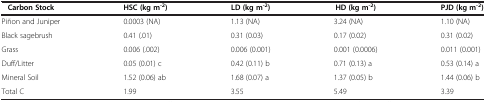
<table><thead><tr><td><b>Carbon Stock</b></td><td><b>HSC (kg m<sup>-2</sup>)</b></td><td><b>LD (kg m<sup>-2</sup>)</b></td><td><b>HD (kg m<sup>-2</sup>)</b></td><td><b>PJD (kg m<sup>-2</sup>)</b></td></tr></thead><tbody><tr><td>Piñon and Juniper</td><td>0.0003 (NA)</td><td>1.13 (NA)</td><td>3.24 (NA)</td><td>1.10 (NA)</td></tr><tr><td>Black sagebrush</td><td>0.41 (.01)</td><td>0.31 (0.03)</td><td>0.17 (0.02)</td><td>0.31 (0.02)</td></tr><tr><td>Grass</td><td>0.006 (.002)</td><td>0.006 (0.001)</td><td>0.001 (0.0006)</td><td>0.011 (0.001)</td></tr><tr><td>Duff/Litter</td><td>0.05 (0.01) c</td><td>0.42 (0.11) b</td><td>0.71 (0.13) a</td><td>0.53 (0.14) a</td></tr><tr><td>Mineral Soil</td><td>1.52 (0.06) ab</td><td>1.68 (0.07) a</td><td>1.37 (0.05) b</td><td>1.44 (0.06) b</td></tr><tr><td>Total C</td><td>1.99</td><td>3.55</td><td>5.49</td><td>3.39</td></tr></tbody></table>